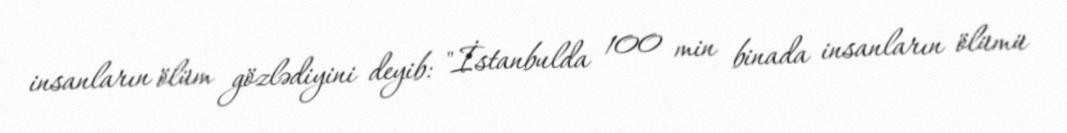
insanların ölüm gözlədiyini deyib: "İstanbulda 100 min binada insanların ölümü